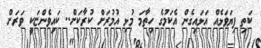
ކަތި ފިޔަވަޅެއް އަޅައިގެން އެކަމުގެ ހިތާމަ މުޅި އުމުރަށް ކުރާކަށް.. ކައިވެންޏަކީ ވަރަށް